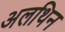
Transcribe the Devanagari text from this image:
अलथिन